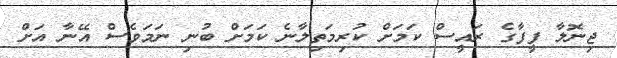
ޖިނޮލާ ފީފާގެ ރައީސް ކަމަށް ކުރިމަތިލާނެ ކަމަށް ބުނި ނަމަވެސް އޭނާ އަށް